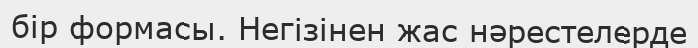
бір формасы. Негізінен жас нәрестелерде